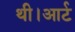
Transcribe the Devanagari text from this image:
थी।आर्ट